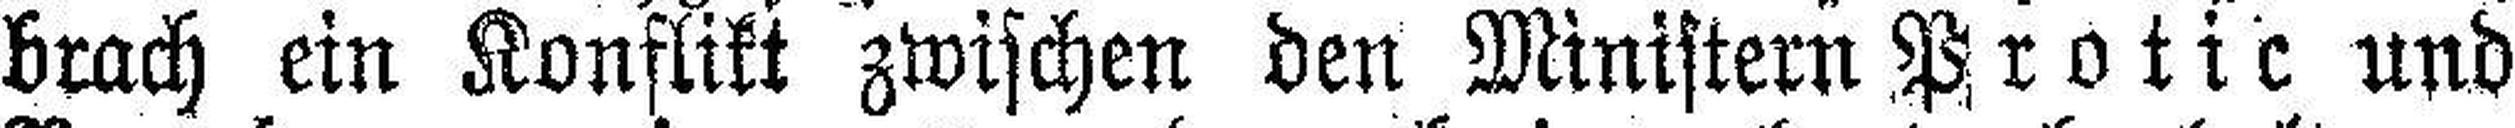
brach ein Konflikt zwischen den Ministern Protic und